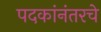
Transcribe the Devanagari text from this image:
पदकांनंतरचे